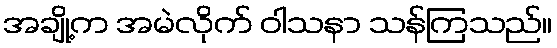
အချို့က အမဲလိုက် ဝါသနာ သန်ကြသည်။